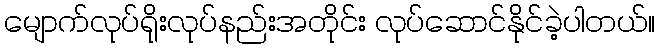
မျောက်လုပ်ရိုးလုပ်နည်းအတိုင်း လုပ်ဆောင်နိုင်ခဲ့ပါတယ်။